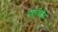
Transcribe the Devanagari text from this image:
देवाधिदेवा